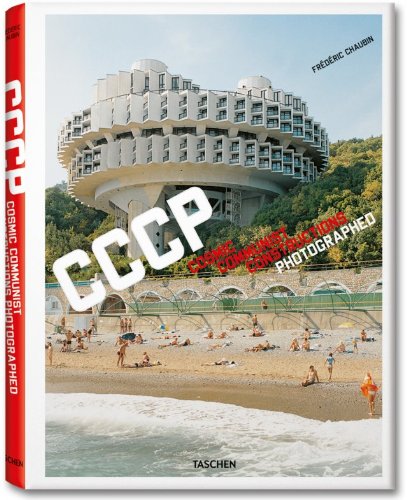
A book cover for Frederic Chaubin: Cosmic Communist Constructions Photographed; Frederic Chaubin; Arts & Photography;